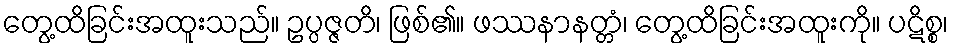
တွေ့ထိခြင်းအထူးသည်။ ဥပ္ပဇ္ဇတိ၊ ဖြစ်၏။ ဖဿနာနတ္တံ၊ တွေ့ထိခြင်းအထူးကို။ ပဋိစ္စ၊